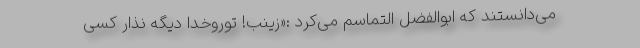
می‌دانستند که ابوالفضل التماسم می‌کرد :«زینب! توروخدا دیگه نذار کسی